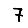
Digit: 7